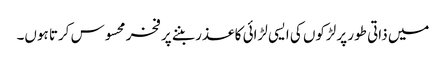
میں ذاتی طور پر لڑکوں کی ایسی لڑائی کا عذر بننے پر فخر محسوس کرتا ہوں۔